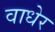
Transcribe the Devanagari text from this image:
वाधेर